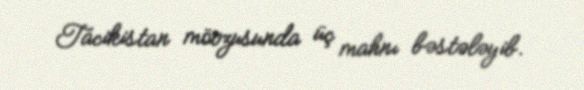
Tacikistan mövzusunda üç mahnı bəstələyib.